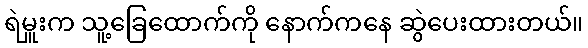
ရဲမှူးက သူ့ခြေထောက်ကို နောက်ကနေ ဆွဲပေးထားတယ်။